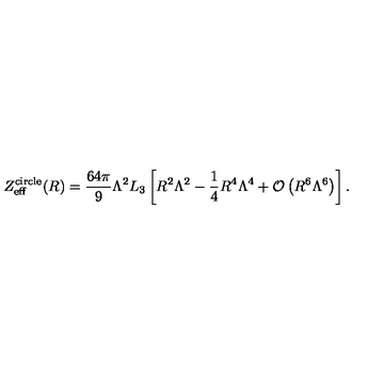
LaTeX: Z _ { \mathrm { e f f } } ^ { \mathrm { c i r c l e } } ( R ) = \frac { 6 4 \pi } { 9 } \Lambda ^ { 2 } L _ { 3 } \left[ R ^ { 2 } \Lambda ^ { 2 } - \frac { 1 } { 4 } R ^ { 4 } \Lambda ^ { 4 } + { \cal O } \left( R ^ { 6 } \Lambda ^ { 6 } \right) \right] .